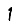
Digit: 1